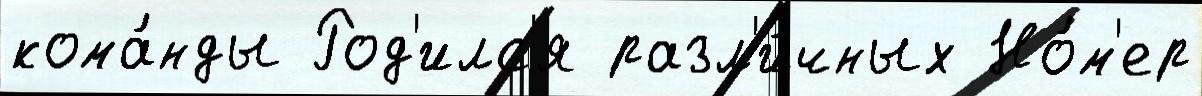
кома́нды Род'илс'я разл'и́чных Но́м'ер